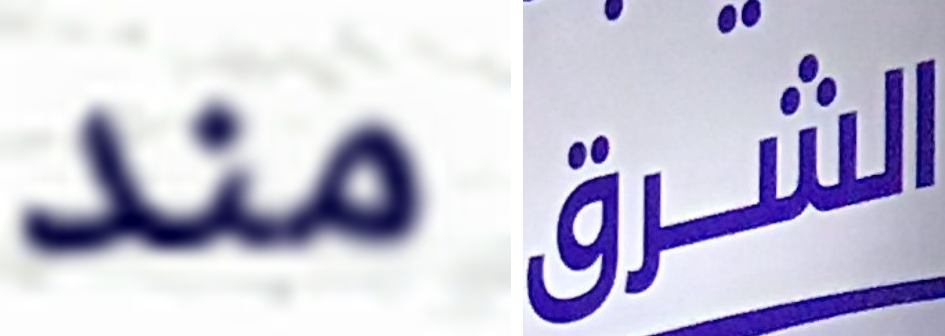
مند الشرق